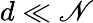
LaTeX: d\ll\mathscr{N}